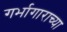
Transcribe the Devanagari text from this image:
गर्भागाराच्या